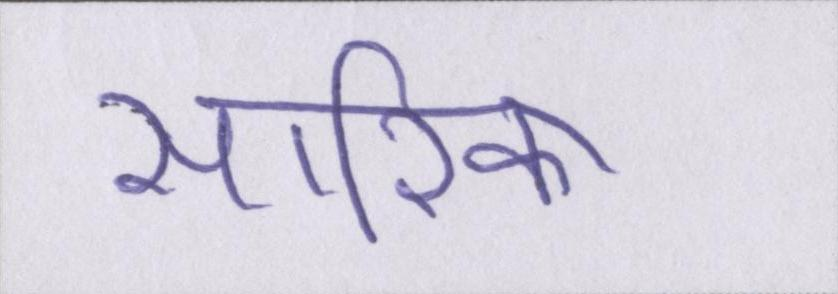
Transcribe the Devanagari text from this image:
सारिका